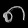
Digit: ၈